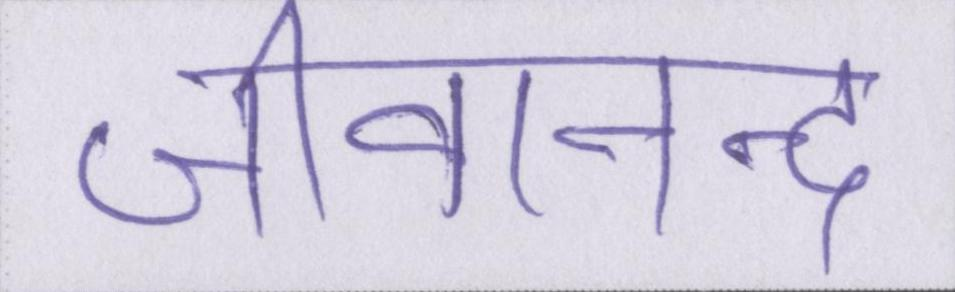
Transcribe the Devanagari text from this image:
जीवानन्द